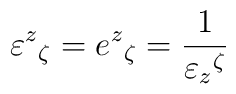
\varepsilon^z{}_{\zeta} = e^{z}{}_{\zeta} = \frac{1}{\varepsilon_z{}^{\zeta}}